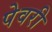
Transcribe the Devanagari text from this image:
पेवरी